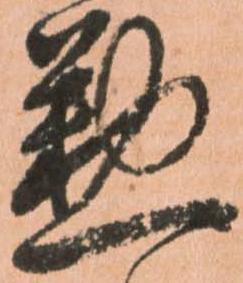
勤